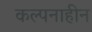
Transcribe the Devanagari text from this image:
कल्पनाहीन